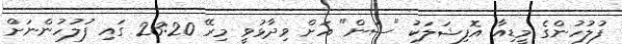
ފުލުހުންގެ މީޑިއާ އޮފިޝަލަކު "ސަން" އަށް ވިދާޅުވީ މިރޭ 23:20 ގައި ފުލުހުންނަށް